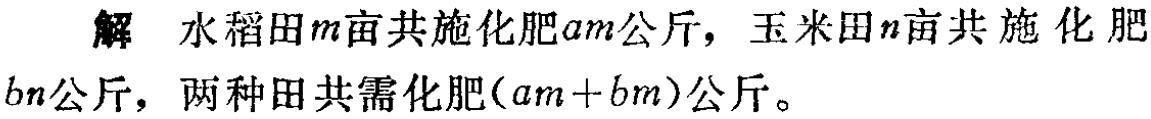
解 水稻田\(m\)亩共施化肥\(am\)公斤，玉米田\(n\)亩共施化肥\(bn\)公斤，两种田共需化肥\((am + bn)\)公斤。